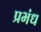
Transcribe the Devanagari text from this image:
प्रभंध